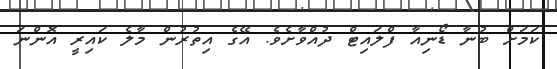
ކަމަށް ބުނާ ޑޯނިއާ ފްލައިޓް ދުއްވާށެވެ. އޭގެ އިތުރުން މާލެ ކައިރީ އޮންނަ